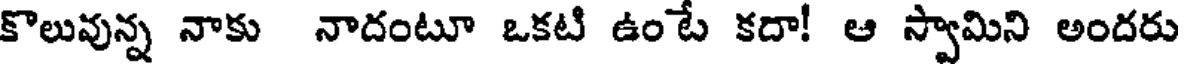
కొలువున్న నాకు నాదంటూ ఒకటి ఉంటే కదా! ఆ స్వామిని అందరు